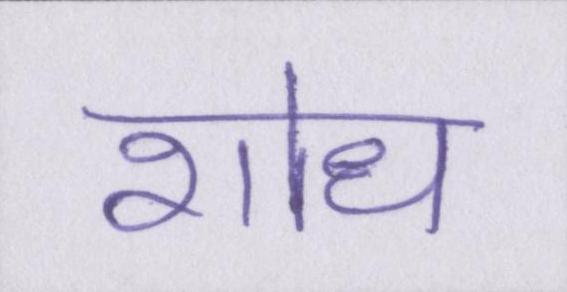
शोध